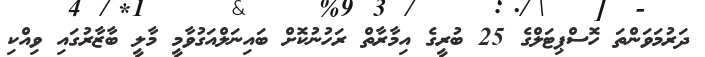
ދަރުމަވަންތަ ހޮސްޕިޓަލްގެ 25 ބުރީގެ އިމާރާތް ރަހުނުކޮށް ބައިނަލްއަގުވާމީ މާލީ ބާޒާރުގައި ވިއްކި